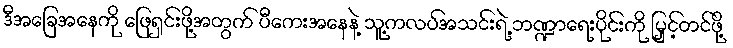
ဒီအခြေအနေကို ဖြေရှင်းဖို့အတွက် ပီကေးအနေနဲ့ သူ့ကလပ်အသင်းရဲ့ ဘဏ္ဍာရေးပိုင်းကို မြှင့်တင်ဖို့